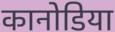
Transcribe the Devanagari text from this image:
कानोडिया